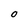
Character: o